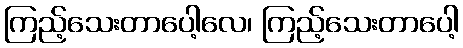
ကြည့်သေးတာပေါ့လေ၊ ကြည့်သေးတာပေါ့